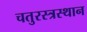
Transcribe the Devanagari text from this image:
चतुरस्त्रस्थान